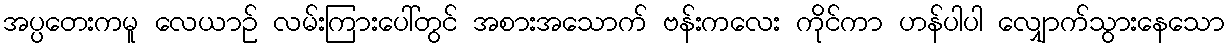
အပ္ပတေးကမူ လေယာဉ် လမ်းကြားပေါ်တွင် အစားအသောက် ဗန်းကလေး ကိုင်ကာ ဟန်ပါပါ လျှောက်သွားနေသော